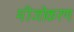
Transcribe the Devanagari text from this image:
मीजोकरण